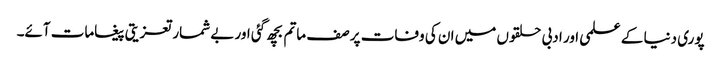
پوری دنیا کے علمی اور ادبی حلقوں میں ان کی وفات پر صف ماتم بچھ گئی اور بے شمار تعزیتی پیغامات آئے۔